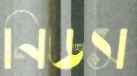
নিডস